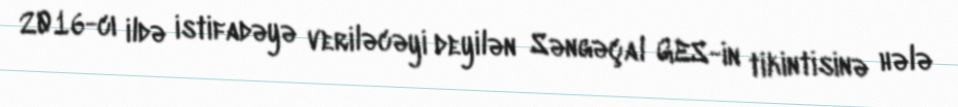
2016-cı ildə istifadəyə veriləcəyi deyilən Səngəçal GES-in tikintisinə hələ